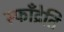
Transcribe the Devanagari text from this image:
स्फॉँद्रेति